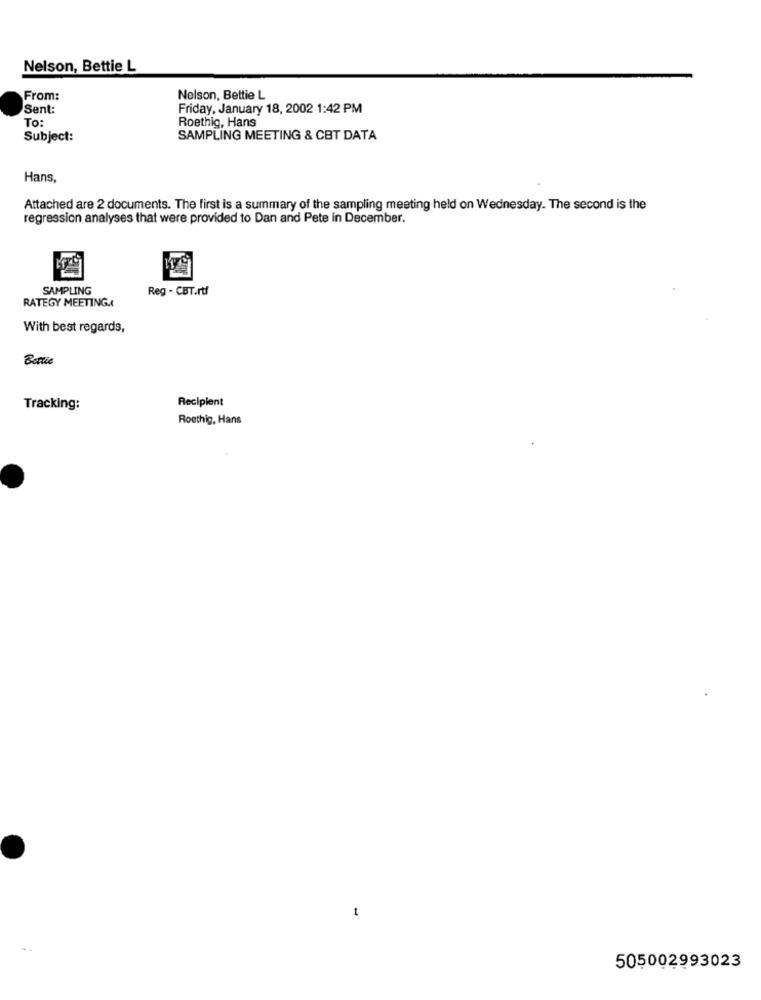
Nelson, Bettie L
From:
Nelson, Bettie L
Sent:
Friday, January 18, 2002 1:42 PM
To:
Roethig, Hans
Subject:
SAMPLING MEETING & CBT DATA
Hans,
Attached are 2 documents. The first is a summary of the sampling meeting held on Wednesday. The second is the
regression analyses that were provided to Dan and Pete in December.
SAMPLING
Reg - CBT.rtf
RATEGY MEETING.
With best regards,
Bottle
Tracking:
Recipient
Roethig, Hans
-
505002993023